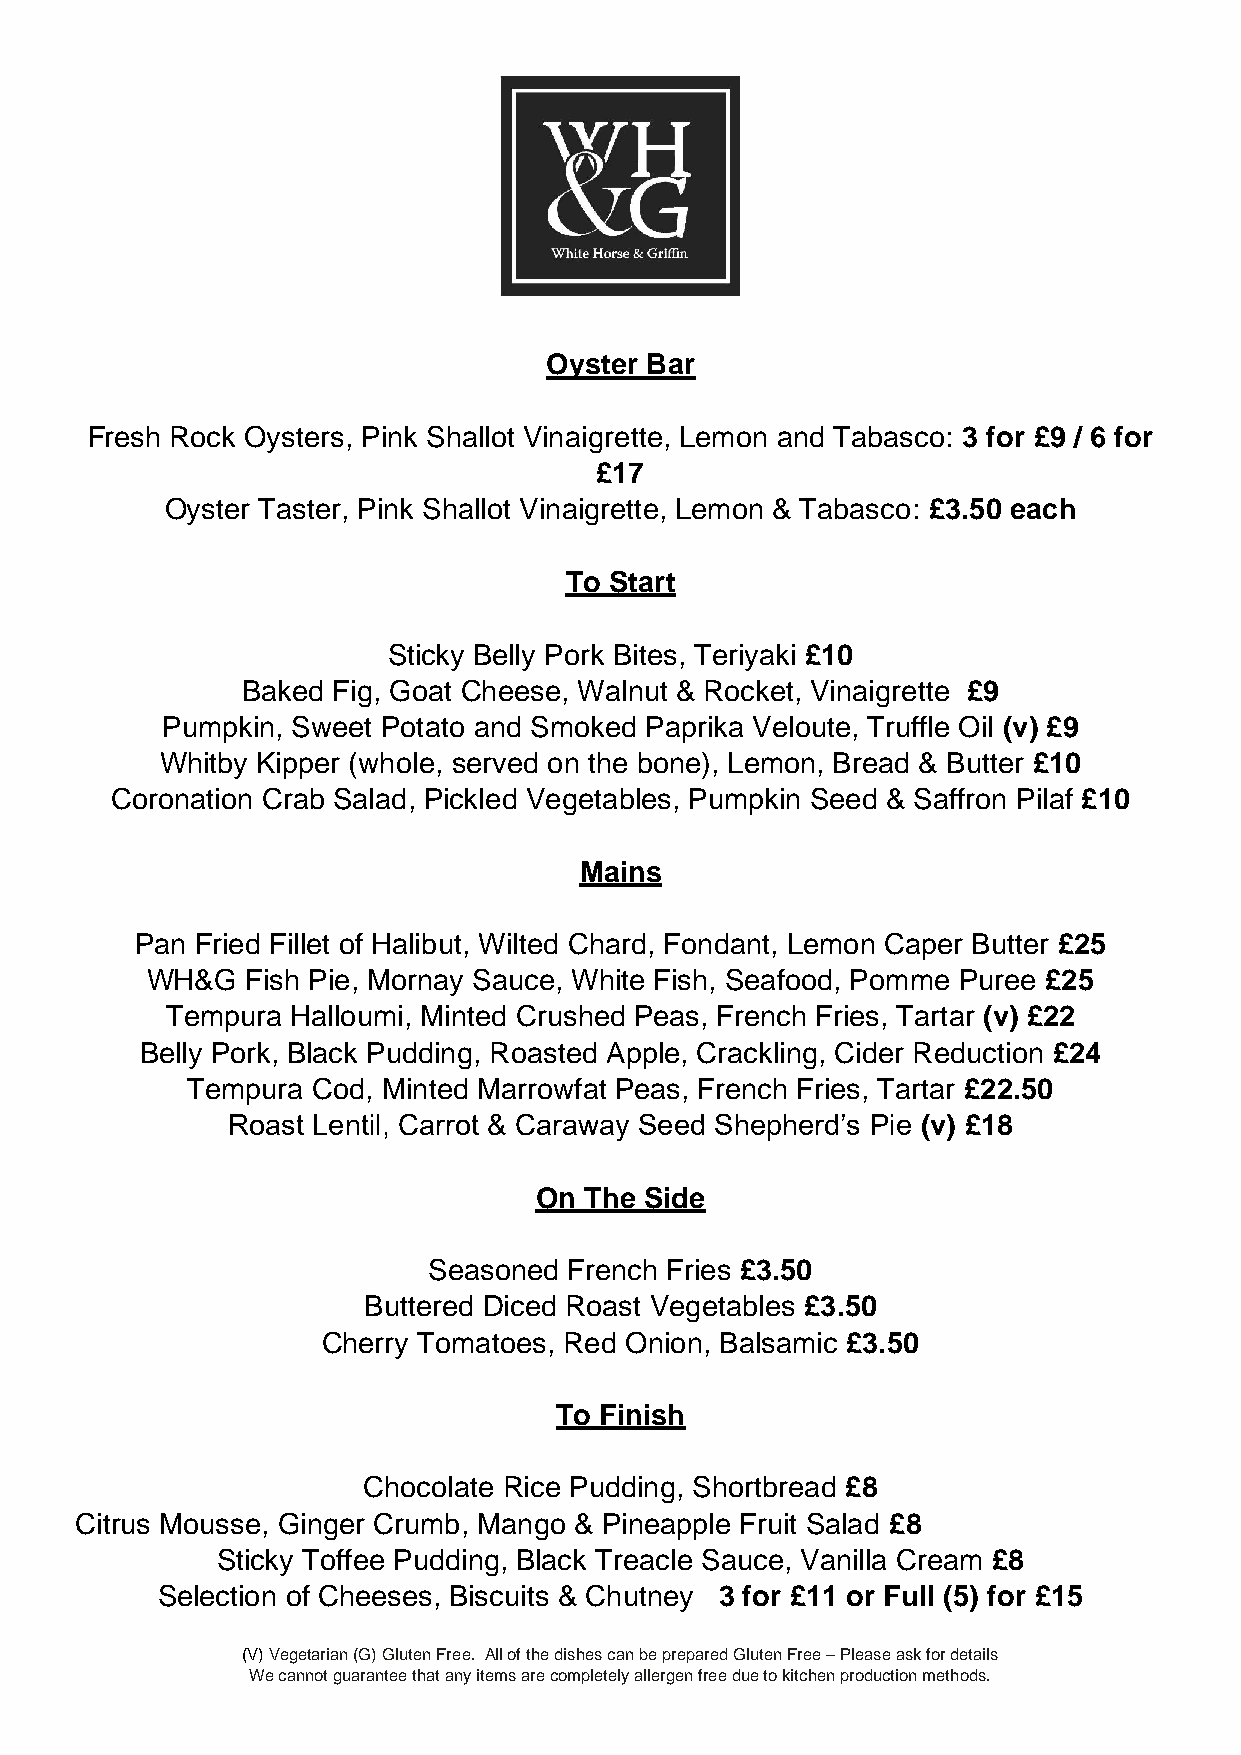
Oyster Bar
 Fresh Rock Oysters, Pink Shallot Vinaigrette, Lemon and Tabasco: 3 for £9 / 6 for
 £17
 Oyster Taster, Pink Shallot Vinaigrette, Lemon & Tabasco: £3.50 each
 To Start
 Sticky Belly Pork Bites, Teriyaki £10
 Baked Fig, Goat Cheese, Walnut & Rocket, Vinaigrette £9
 Pumpkin, Sweet Potato and Smoked Paprika Veloute, Truffle Oil (v) £9
 Whitby Kipper (whole, served on the bone), Lemon, Bread & Butter £10
 Coronation Crab Salad, Pickled Vegetables, Pumpkin Seed & Saffron Pilaf £10
 Mains
 Pan Fried Fillet of Halibut, Wilted Chard, Fondant, Lemon Caper Butter £25
 WH&G  Fish Pie, Mornay Sauce, White Fish, Seafood, Pomme Puree £25
 Tempura Halloumi, Minted Crushed Peas, French Fries, Tartar (v) £22
 Belly Pork, Black Pudding, Roasted Apple, Crackling, Cider Reduction £24
 Tempura  Cod, Minted Marrowfat Peas, French Fries, Tartar £22.50
 Roast Lentil, Carrot & Caraway Seed Shepherd’s Pie (v) £18
 On  The Side
 Seasoned  French Fries £3.50
 Buttered Diced Roast Vegetables £3.50
 Cherry Tomatoes, Red Onion, Balsamic £3.50
 To Finish
 Chocolate Rice Pudding, Shortbread £8
 Citrus Mousse, Ginger Crumb, Mango & Pineapple Fruit Salad £8
 Sticky Toffee Pudding, Black Treacle Sauce, Vanilla Cream £8
 Selection of Cheeses, Biscuits & Chutney 3 for £11 or Full (5) for £15
 (V) Vegetarian (G) Gluten Free. All of the dishes can be prepared Gluten Free – Please ask for details
 We cannot guarantee that any items are completely allergen free due to kitchen production methods.